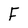
Character: F